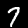
Digit: 7